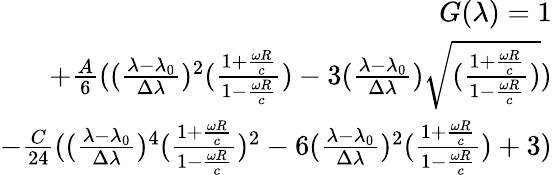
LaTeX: \begin{array}{r}{G(\lambda)=1}\\ {+\frac{A}{6}((\frac{\lambda-\lambda_{0}}{\Delta\lambda})^{2}(\frac{1+\frac{\omega R}{c}}{1-\frac{\omega R}{c}})-3(\frac{\lambda-\lambda_{0}}{\Delta\lambda})\sqrt{(\frac{1+\frac{\omega R}{c}}{1-\frac{\omega R}{c}})})}\\ {-\frac{C}{24}((\frac{\lambda-\lambda_{0}}{\Delta\lambda})^{4}(\frac{1+\frac{\omega R}{c}}{1-\frac{\omega R}{c}})^{2}-6(\frac{\lambda-\lambda_{0}}{\Delta\lambda})^{2}(\frac{1+\frac{\omega R}{c}}{1-\frac{\omega R}{c}})+3)}\end{array}